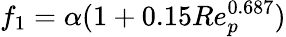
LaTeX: f_{1}=\alpha(1+0.15Re_{p}^{0.687})